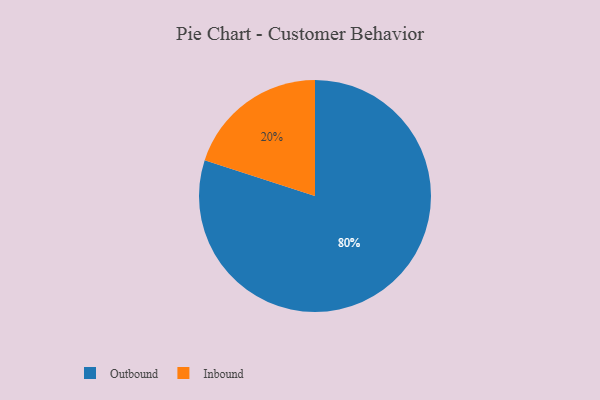
{"axis": {"x": "Category", "y": "Percentage"}, "legend": ["Inbound", "Outbound"], "data": [{"x": "Inbound", "y": 20, "type": "Inbound"}, {"x": "Outbound", "y": 80, "type": "Outbound"}]}